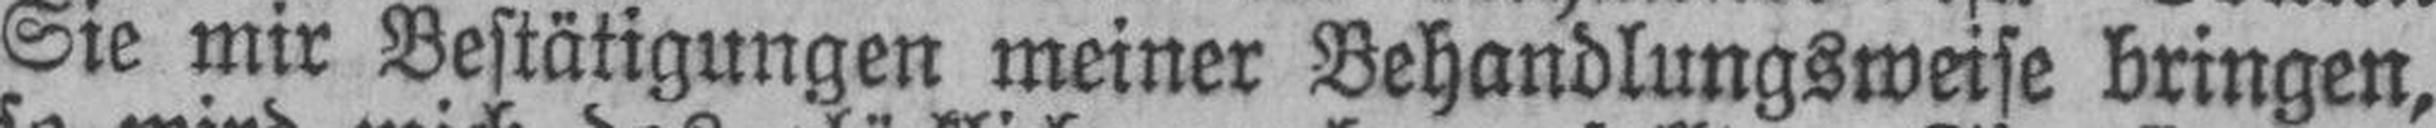
Sie mir Bestätigungen meiner Behandlungsweise bringen,